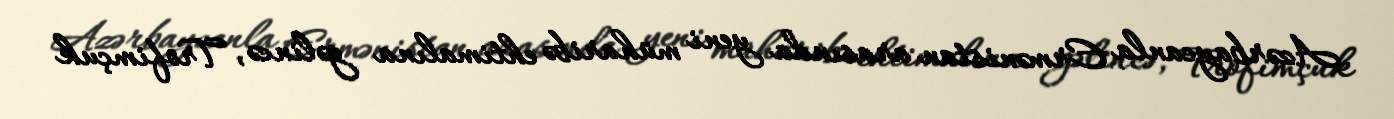
Azərbaycanla Ermənistan arasında yeni müharibə ehtimalına gəlincə, Trofimçuk